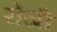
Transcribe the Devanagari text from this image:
रोंजी